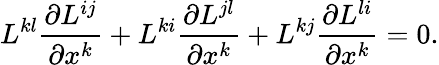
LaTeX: L^{kl}\frac{\partial L^{ij}}{\partial x^{k}}+L^{ki}\frac{\partial L^{jl}}{\partial x^{k}}+L^{kj}\frac{\partial L^{li}}{\partial x^{k}}=0.